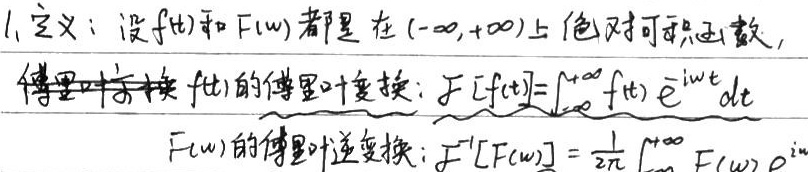
1. 定义：设\(f(t)\)和\(F(\omega)\)都是在\((-\infty,+\infty)\)上绝对可积函数，
傅里叶变换
\(f(t)\)的傅里叶变换：\(\mathcal{F}[f(t)]=\int_{-\infty}^{+\infty}f(t)e^{-i\omega t}dt\)
\(F(\omega)\)的傅里叶逆变换：\(\mathcal{F}^{-1}[F(\omega)]=\frac{1}{2\pi}\int_{-\infty}^{+\infty}F(\omega)e^{i\omega t}dt\) （注：你提供的图片中傅里叶逆变换公式最后缺少 \(dt\)，但按照要求仅呈现图片内容，未做添加）